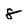
Character: 8